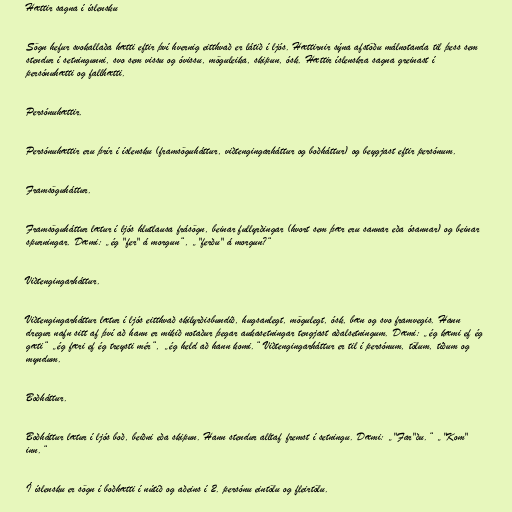
Hættir sagna í íslensku

Sögn hefur svokallaða hætti eftir því hvernig eitthvað er látið í ljós. Hættirnir sýna afstöðu málnotanda til þess sem
stendur í setningunni, svo sem vissu og óvissu, möguleika, skipun, ósk. Hættir íslenskra sagna greinast í
persónuhætti og fallhætti.

Persónuhættir.

Persónuhættir eru þrír í íslensku (framsöguháttur, viðtengingarháttur og boðháttur) og beygjast eftir persónum.

Framsöguháttur.

Framsöguháttur lætur í ljós hlutlausa frásögn, beinar fullyrðingar (hvort sem þær eru sannar eða ósannar) og beinar
spurningar. Dæmi: „ég "fer" á morgun“, „"ferðu" á morgun?“

Viðtengingarháttur.

Viðtengingarháttur lætur í ljós eitthvað skilyrðisbundið, hugsanlegt, mögulegt, ósk, bæn og svo framvegis. Hann
dregur nafn sitt af því að hann er mikið notaður þegar aukasetningar tengjast aðalsetningum. Dæmi: „ég kæmi ef ég
gæti“ „ég færi ef ég treysti mér“, „ég held að hann komi.“ Viðtengingarháttur er til í persónum, tölum, tíðum og
myndum.

Boðháttur.

Boðháttur lætur í ljós boð, beiðni eða skipun. Hann stendur alltaf fremst í setningu. Dæmi: „"Far"ðu.“ „"Kom"
inn.“

Í íslensku er sögn í boðhætti í nútíð og aðeins í 2. persónu eintölu og fleirtölu.